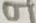
Text: 9